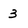
Character: 3